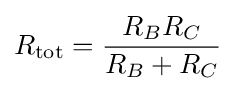
{R_{\rm {tot}}={R_{B}R_{C} \over R_{B}+R_{C}}}